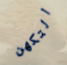
التكهن